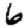
Digit: 6